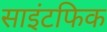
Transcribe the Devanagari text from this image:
साइंटफिक